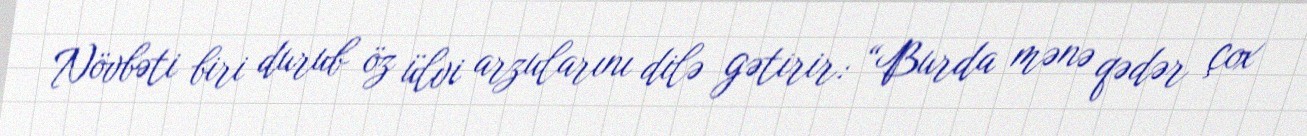
Növbəti biri durub öz ülvi arzularını dilə gətirir: “Burda mənə qədər çox